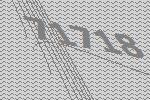
71718